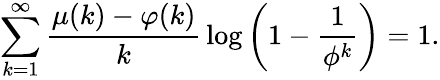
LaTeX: \sum_{k=1}^{\infty}{\frac{\mu(k)-\varphi(k)}{k}}\log\left(1-{\frac{1}{\phi^{k}}}\right)=1.